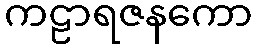
ကဠာရဇနကော